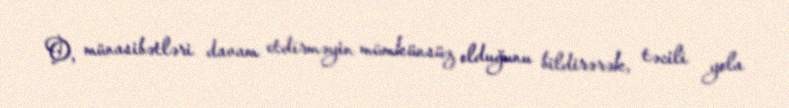
O, münasibətləri davam etdirməyin mümkünsüz olduğunu bildirərək, təcili yola